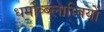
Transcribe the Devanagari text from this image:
धर्माव्ब्लाम्बियों